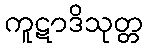
ကူဋာဒိသုတ္တ